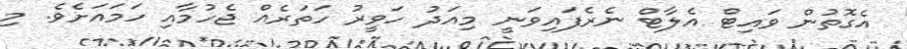
އެގޮތުން ވައިޓް އެލާޓް ނެރެފައިވަނީ މިއަދު ހަވީރު ހަތަރެއް ޖެހުމާއި ހަމައަށެވެ. މި